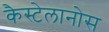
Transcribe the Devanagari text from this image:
कैस्टेलानोस